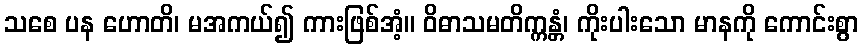
သစေ ပန ဟောတိ၊ မအကယ်၍ ကားဖြစ်အံ့။ ဝိဓာသမတိက္ကန္တံ၊ ကိုးပါးသော မာနကို ကောင်းစွာ